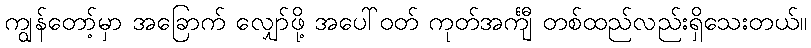
ကျွန်တော့်မှာ အခြောက် လျှော်ဖို့ အပေါ်ဝတ် ကုတ်အင်္ကျီ တစ်ထည်လည်းရှိသေးတယ်။